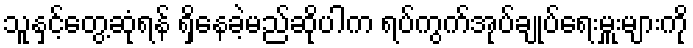
သူနှင့်တွေ့ဆုံရန် ရှိနေခဲ့မည်ဆိုပါက ရပ်ကွက်အုပ်ချုပ်ရေးမှူးများကို